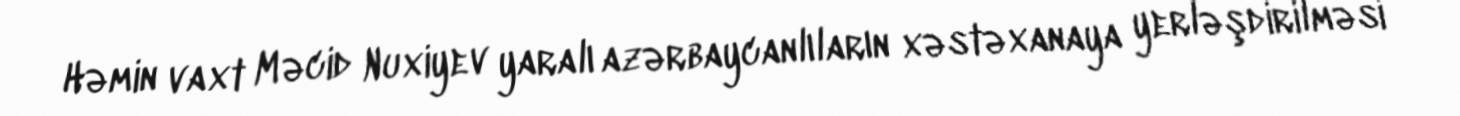
Həmin vaxt Məcid Nuxiyev yaralı azərbaycanlıların xəstəxanaya yerləşdirilməsi